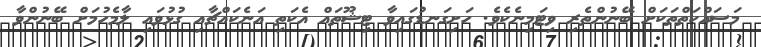
މަސައްކަތްތަކަށް ބޭނުންތެރި ވިޓަމިނެކެވެ. ހަށިގަނޑުގައިވާ ޓިޝޫތައް އެކަތި އަނެކައްޗާއި ގުޅުވައި ލާމެހުމަށް ބޭނުންވާ